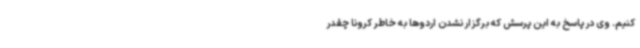
کنیم. وی در پاسخ به این پرسش که برگزار نشدن اردوها به خاطر کرونا چقدر